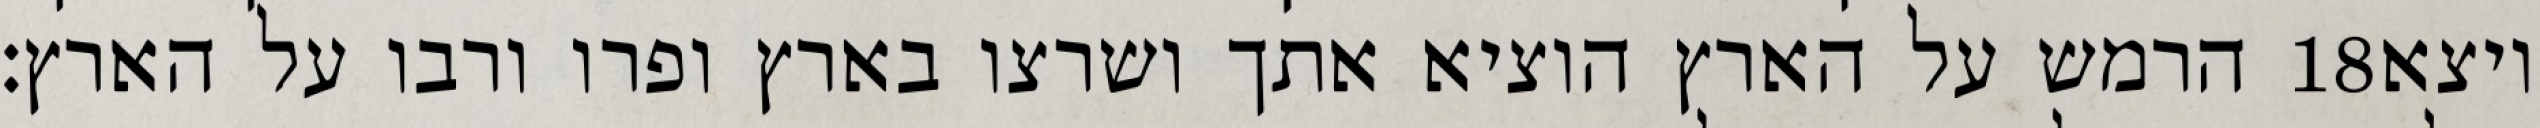
הרמש על הארץ הוציא אתך ושרצו בארץ ופרו ורבו על הארץ׃ ‎18‏ ויצא